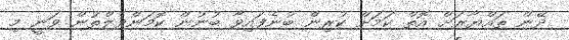
ދޭން ތައްޔާރަށް އޮތް ކަމަށް ކުރިން ބުނެފައިވާ ބުނުން ކޮމަންވެލްތުން ވަނީ މި